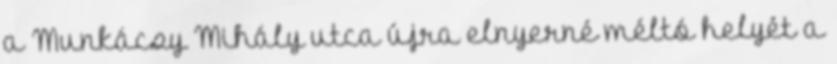
a Munkácsy Mihály utca újra elnyerné méltó helyét a